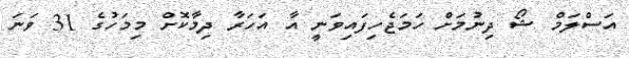
އަސްލަމް ޝޯ ދިނުމަށް ހަމަޖެހިފައިވަނީ އާ އަހަރާ ދިމާކޮށް މިމަހުގެ 31 ވަނަ